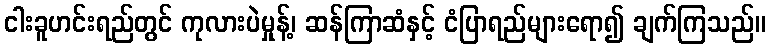
ငါးခူဟင်းရည်တွင် ကုလားပဲမှုန့်၊ ဆန်ကြာဆံနှင့် ငံပြာရည်များရော၍ ချက်ကြသည်။